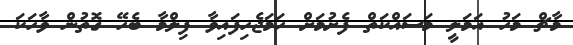
މާޗް މަހު އަމަލީ މަސައްކަތް ފެށުމަށް ހަމަޖެހިފައިވާ ފިލްމާ ބެހޭ ގޮތުން ވާހަކަ